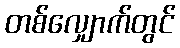
တစ်လျှောက်တွင်